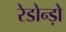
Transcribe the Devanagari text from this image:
रेडोन्ड़ो